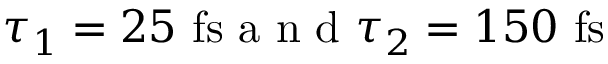
\tau _ { 1 } = 2 5 \, \, \mathrm { f s } \textrm { a n d } \tau _ { 2 } = 1 5 0 \, \, \mathrm { f s }